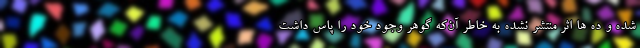
شده و ده ها اثر منتشر نشده به خاطر آن‌که گوهر وجود خود را پاس داشت